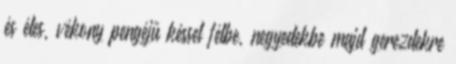
és éles, vékony pengéjű késsel félbe, negyedekbe majd gerezdekre